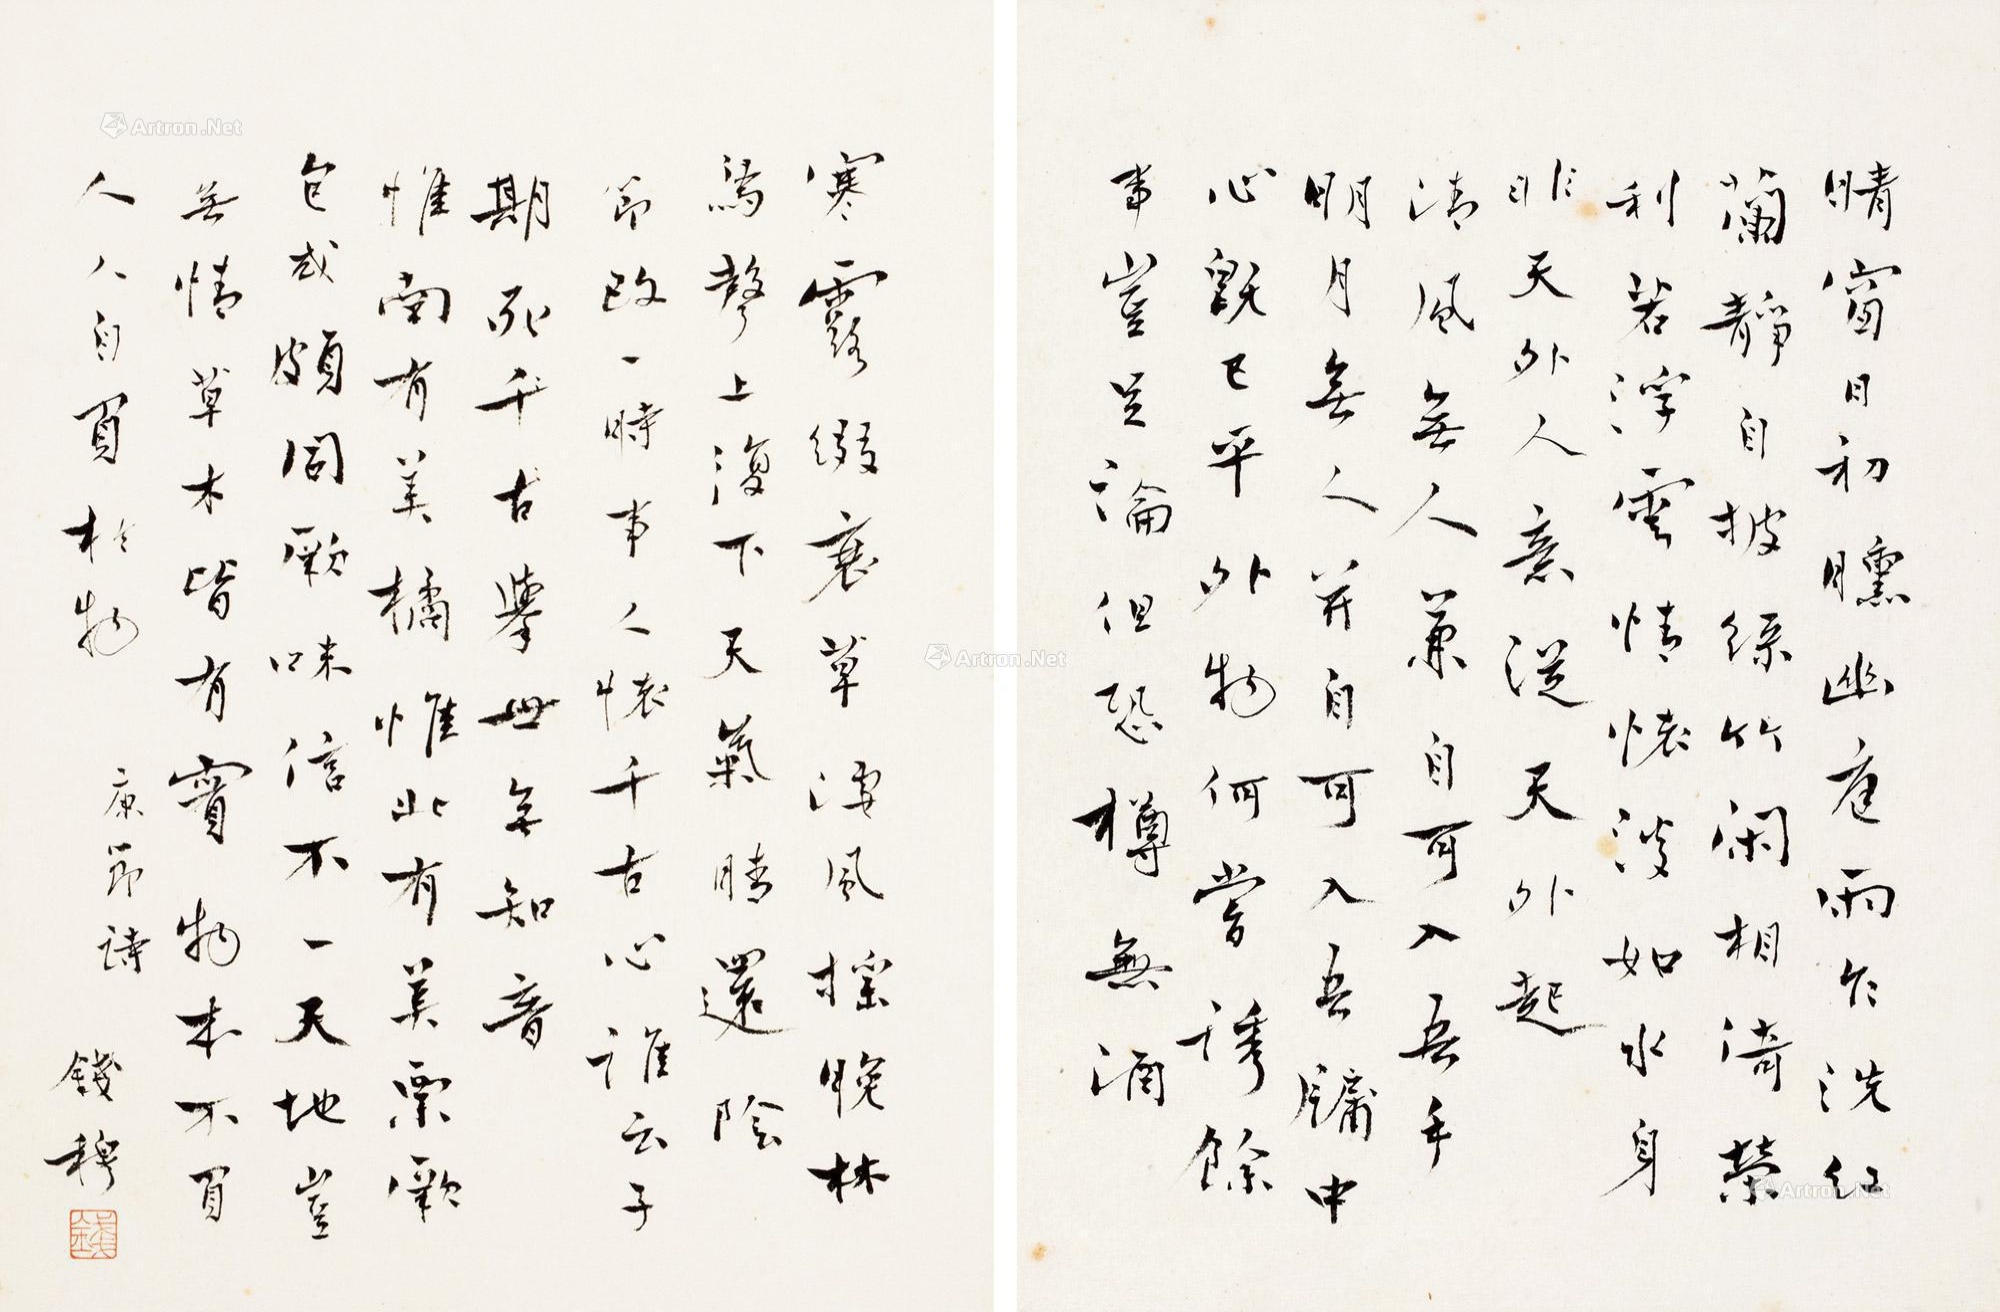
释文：晴窗日初曛，幽庭雨乍洗。红兰静自披，绿竹闲相倚。荣利若浮云，情怀淡如水。身非天外人，意众天外起。
清风无人兼，自可入吾手。明月无人并，自可入吾牖。中心既已平，外物何尝诱。余事岂足论，但恐樽无酒。
寒露缀衰草，凄风摇晚林。鸟声上复下，天气晴还阴。节改一时事，人怀千古心。谁云子期死，举世无知音。
惟南有美橘，惟北有美粟。厥包或颇同，厥味信不一。天地岂无情，草木皆有实。物本不负人，人自负于物。
康节诗。钱穆。